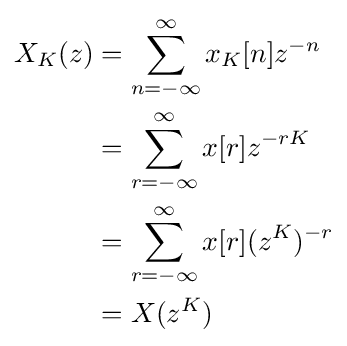
{\begin{aligned}X_{K}(z)&=\sum _{n=-\infty }^{\infty }x_{K}[n]z^{-n}\\&=\sum _{r=-\infty }^{\infty }x[r]z^{-rK}\\&=\sum _{r=-\infty }^{\infty }x[r](z^{K})^{-r}\\&=X(z^{K})\end{aligned}}